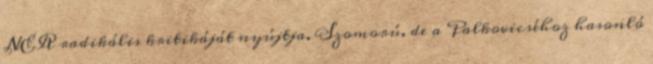
NER radikális kritikáját nyújtja. Szomorú, de a Palkovicséhoz hasonló